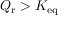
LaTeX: Q _ { \mathrm { r } } > K _ { \mathrm { e q } }